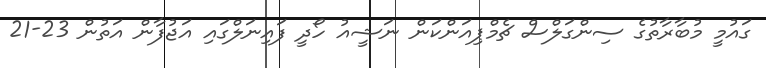
ގައުމީ މުބާރާތުގެ ސިންގަލްސް ޗެމްޕިއަންކަން ނަޝީއު ހޯދީ ފައިނަލްގައި އަޖުފާން އަތުން 23-21